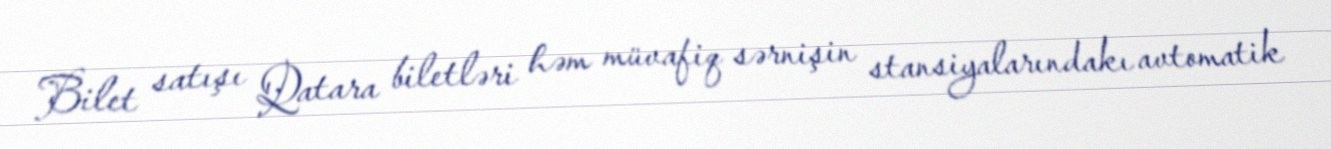
Bilet satışı Qatara biletləri həm müvafiq sərnişin stansiyalarındakı avtomatik